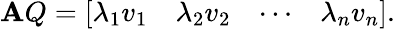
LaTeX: \mathbf{A}Q={\left[\begin{array}{llll}{\lambda_{1}v_{1}}&{\lambda_{2}v_{2}}&{\cdots}&{\lambda_{n}v_{n}}\end{array}\right]}.